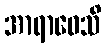
အာရာဓေသိ